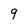
Character: 9